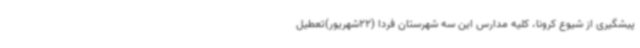
پیشگیری از شیوع کرونا، کلیه مدارس این سه شهرستان فردا (22شهریور)تعطیل